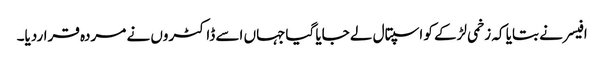
افیسر نے بتایا کہ زخمی لڑکے کو اسپتال لے جایا گیاجہاں اسے ڈاکٹروں نے مردہ قراردیا۔